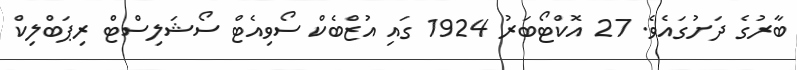
ބާރުގެ ދަށުގައެވެ. 27 އޮކްޓޯބަރު 1924 ގައި އުޒްބެކް ސޯވިއެޓް ސޯޝަލިސްޓް ރިޕަބްލިކް